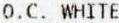
O.C. WHITE